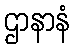
ဌာနာနံ